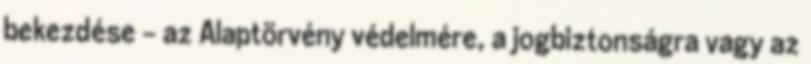
bekezdése – az Alaptörvény védelmére, a jogbiztonságra vagy az